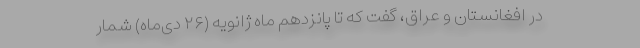
در افغانستان و عراق، گفت که تا پانزدهم ماه ژانویه (۲۶ دی‌ماه) شمار